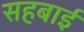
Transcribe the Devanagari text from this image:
सहबाई